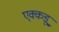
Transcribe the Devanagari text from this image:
एक्कडू